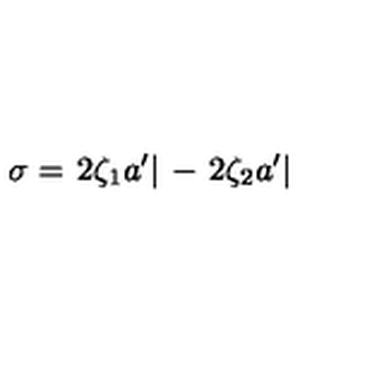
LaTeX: \sigma = \left. 2 \zeta _ { 1 } a ^ { \prime } \right| { \mathrm { \raisebox { - 1 . 2 e x } { { \tiny { \! 0 ^ { - } } } } } } - \left. 2 \zeta _ { 2 } a ^ { \prime } \right| { \mathrm { \raisebox { - 1 . 2 e x } { { \tiny { \! 0 ^ { + } } } } } }